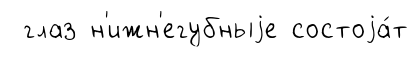
глаз н'ижн'егубныjе состоjа́т